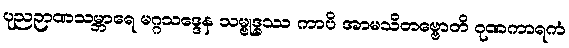
ပုညဉာဏသမ္ဘာရေ မဂ္ဂသဒ္ဒေန သမ္ဗုဒ္ဓဿ ကာပိ အာမသိတဗ္ဗောတိ ဂုဏကာရကံ